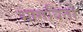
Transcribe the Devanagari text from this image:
भागवितो